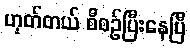
ဟုတ်တယ် စီစဉ်ပြီးနေပြီ